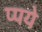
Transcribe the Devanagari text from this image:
प्पये